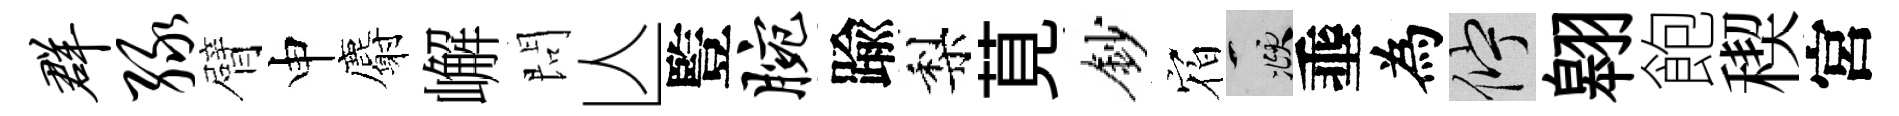
群绿臂申麝嶰問亾䜿腕踰梨莧鈔𪧐頫埀為伫翱飽稧宮